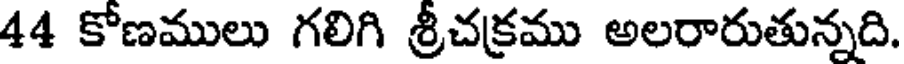
44 కోణములు గలిగి శ్రీచక్రము అలరారుతున్నది.